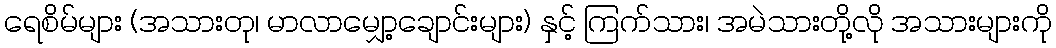
ရေစိမ်များ (အသားတု၊ မာလာမျှော့ချောင်းများ) နှင့် ကြက်သား၊ အမဲသားတို့လို အသားများကို